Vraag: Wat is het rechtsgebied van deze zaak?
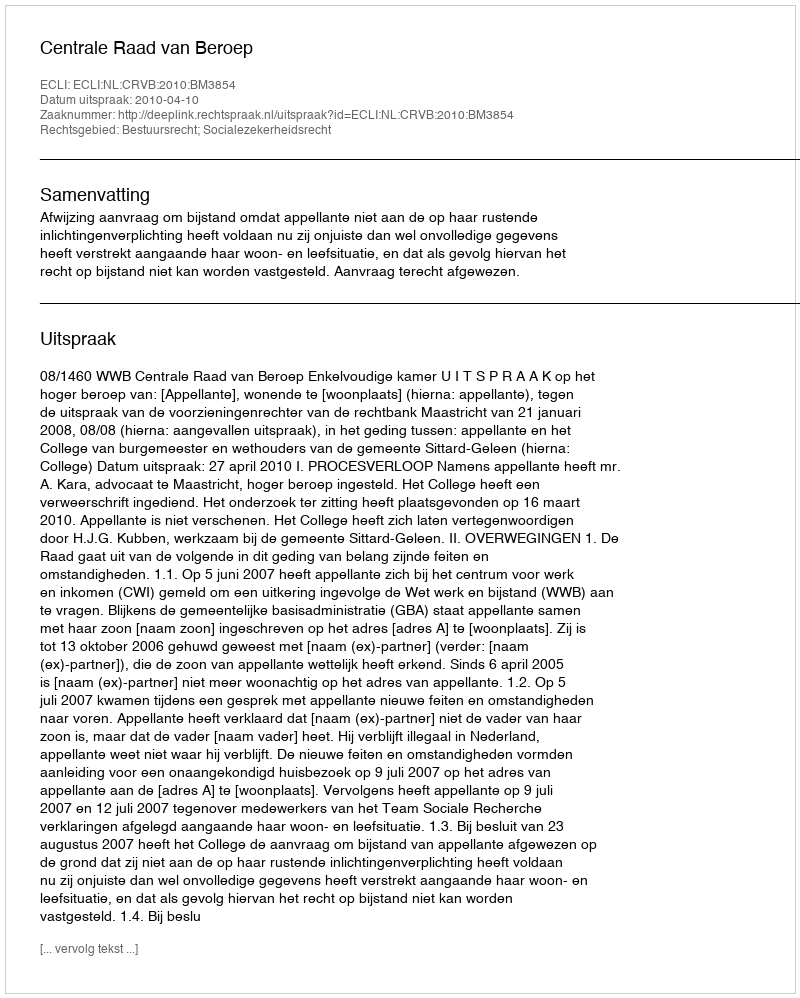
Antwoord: Bestuursrecht; Socialezekerheidsrecht